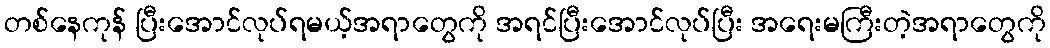
တစ်နေကုန် ပြီးအောင်လုပ်ရမယ့်အရာတွေကို အရင်ပြီးအောင်လုပ်ပြီး အရေးမကြီးတဲ့အရာတွေကို